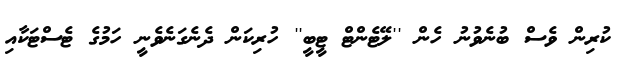
ކުރިން ވެސް ބުނެވުނު ހެން ''ލޭޓެންޓް ޓީބީ'' ހުރިކަން ދެނެގަނެވެނީ ހަމުގެ ޓެސްޓަކާއި